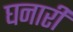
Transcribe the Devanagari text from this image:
घनारी